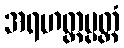
အရဟတ္တပ္ပတ္တံ